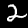
Label: 2